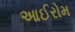
આઈરોમ